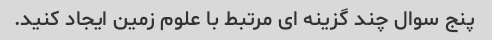
پنج سوال چند گزینه ای مرتبط با علوم زمین ایجاد کنید.